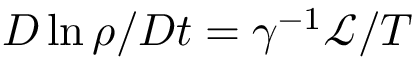
D \ln \rho / D t = \gamma ^ { - 1 } \mathcal { L } / T